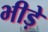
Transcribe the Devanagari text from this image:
भीड़े